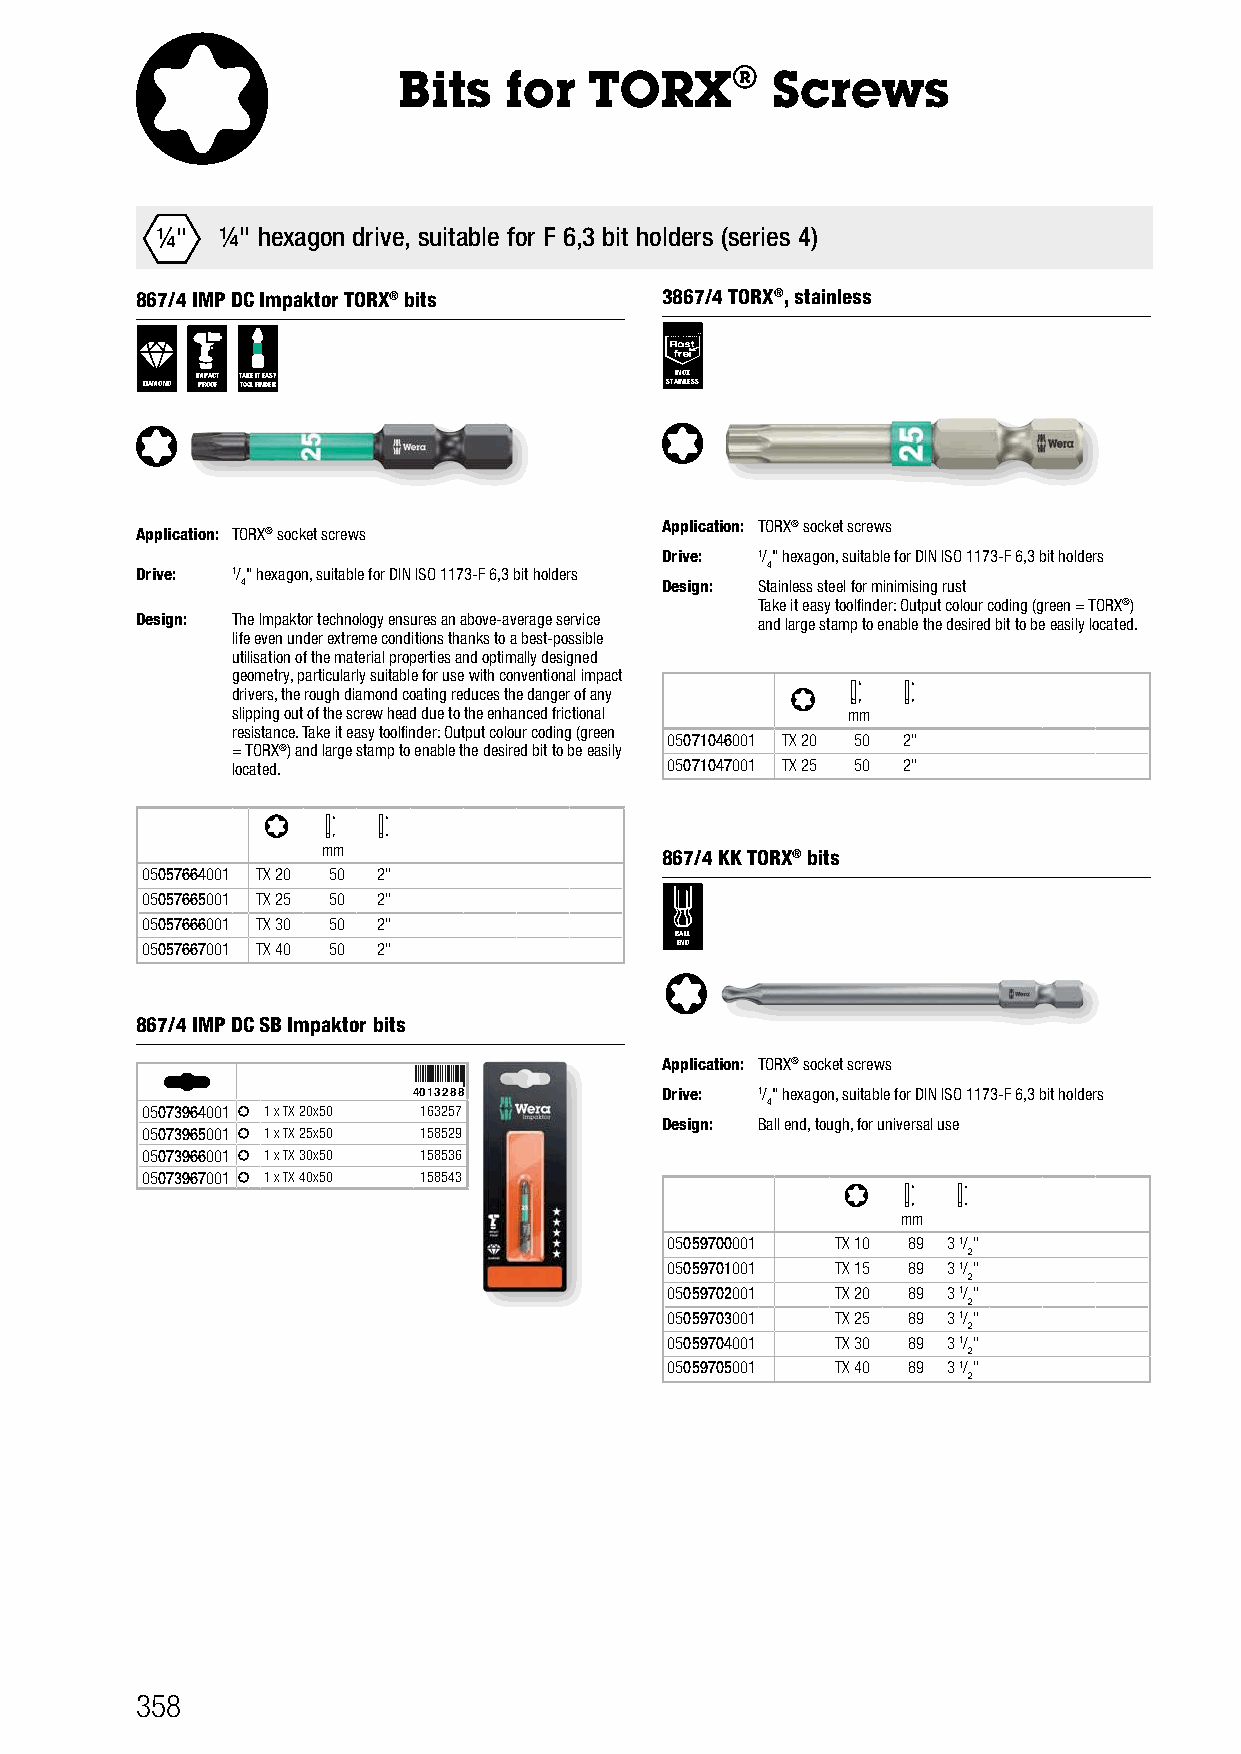
Bits   for   TORX®       Screws
 ¼"   ¼" hexagon drive, suitable for F 6,3 bit holders (series 4)
 867/4 IMP DC Impaktor TORX® bits   3867/4 TORX®, stainless
 DIAMOND I PM RP OA OC FT T TA OK OE L I FT I NE DA ES RY STAIN INO LX ESS
 Application: TORX® socket screws
 Application: TORX® socket screws
 Drive: 1/" hexagon, suitable for DIN ISO 1173-F 6,3 bit holders
 4
 Drive: 1/" hexagon, suitable for DIN ISO 1173-F 6,3 bit holders
 4                           Design: Stainless steel for minimising rust
 Take it easy toolfinder: Output colour coding (green = TORX®)
 Design: The Impaktor technology ensures an above-average service and large stamp to enable the desired bit to be easily located.
 life even under extreme conditions thanks to a best-possible
 utilisation of the material properties and optimally designed
 geometry, particularly suitable for use with conventional impact
 drivers, the rough diamond coating reduces the danger of any
 slipping out of the screw head due to the enhanced frictional mm
 resistance. Take it easy toolfinder: Output colour coding (green
 05071046001 TX 20 50 2"
 = TORX®) and large stamp to enable the desired bit to be easily
 located.                     05071047001 TX 25 50 2"
 mm
 867/4 KK TORX® bits
 05057664001 TX 20 50 2"
 05057665001 TX 25 50 2"
 05057666001 TX 30 50 2"
 BALL
 05057667001 TX 40 50 2"             END
 867/4 IMP DC SB Impaktor bits
 Application: TORX® socket screws
 4013288          Drive: 1/" hexagon, suitable for DIN ISO 1173-F 6,3 bit holders
 4
 05073964001 1 x TX 20x50 163257
 Design: Ball end, tough, for universal use
 05073965001 1 x TX 25x50 158529
 05073966001 1 x TX 30x50 158536
 05073967001 1 x TX 40x50 158543
 mm
 05059700001 TX 10 89 3 1/"
 2
 05059701001 TX 15 89 3 1/"
 2
 05059702001 TX 20 89 3 1/"
 2
 05059703001 TX 25 89 3 1/"
 2
 05059704001 TX 30 89 3 1/"
 2
 05059705001 TX 40 89 3 1/"
 2
 358